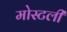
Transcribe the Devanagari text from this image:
मोस्टली